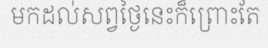
មកដល់សព្វថ្ងៃនេះក៏ព្រោះតែ